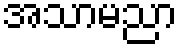
အသာမညာ